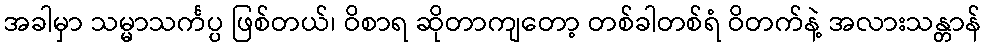
အခါမှာ သမ္မာသင်္ကပ္ပ ဖြစ်တယ်၊ ဝိစာရ ဆိုတာကျတော့ တစ်ခါတစ်ရံ ဝိတက်နဲ့ အလားသန္တာန်